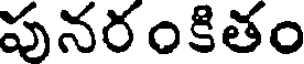
పునరంకితం